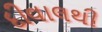
દીવાલથી